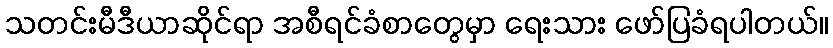
သတင်းမီဒီယာဆိုင်ရာ အစီရင်ခံစာတွေမှာ ရေးသား ဖော်ပြခံရပါတယ်။